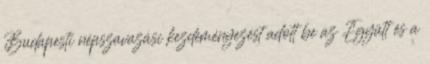
Budapesti népszavazási kezdeményezést adott be az Együtt és a